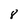
Character: 8